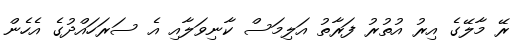
ރޭ މާލޭގެ އިރު އުތުރު ފަރާތު އަލިމަސް ކާނިވަލާއި އެ ސަރަހައްދުގެ އެހެން